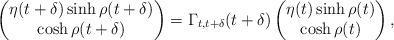
LaTeX: \begin{align*}\begin{pmatrix} \eta(t + \delta) \sinh \rho(t + \delta) \\ \cosh \rho(t + \delta) \end{pmatrix} = \Gamma_{t,t+\delta}(t + \delta) \begin{pmatrix} \eta(t) \sinh \rho(t) \\ \cosh \rho(t) \end{pmatrix}, \end{align*}